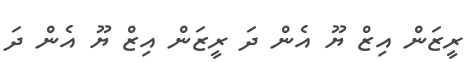
ރީޒަން އިޒް ޔޫ އެން ދަ ރީޒަން އިޒް ޔޫ އެން ދަ